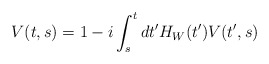
\begin{align*}V(t,s)=1-i\int_{s}^{t}dt^{\prime }H_{W}(t^{\prime })V(t^{\prime },s)\end{align*}